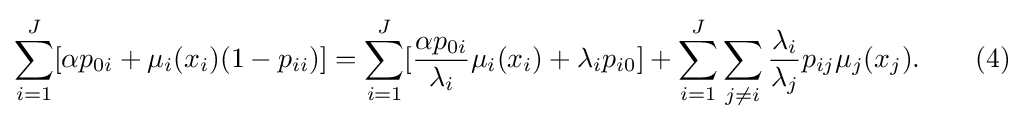
\sum _{i=1}^{J}[\alpha p_{0i}+\mu _{i}(x_{i})(1-p_{ii})]=\sum _{i=1}^{J}[{\frac {\alpha p_{0i}}{\lambda _{i}}}\mu _{i}(x_{i})+\lambda _{i}p_{i0}]+\sum _{i=1}^{J}\sum _{j\neq i}{\frac {\lambda _{i}}{\lambda _{j}}}p_{ij}\mu _{j}(x_{j}).\qquad (4)